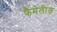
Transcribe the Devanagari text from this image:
फैमेलीज़